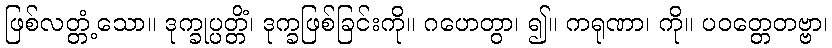
ဖြစ်လတ္တံ့သော။ ဒုက္ခုပ္ပတ္တိံ၊ ဒုက္ခဖြစ်ခြင်းကို။ ဂဟေတွာ၊ ၍။ ကရုဏာ၊ ကို။ ပဝတ္တေတဗ္ဗာ၊